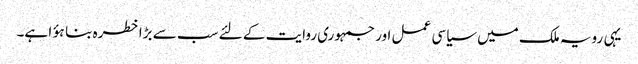
یہی رویہ ملک میں سیاسی عمل اور جمہوری روایت کے لئے سب سے بڑا خطرہ بنا ہؤا ہے۔